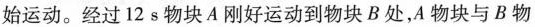
始运动。经过12s物块A刚好运动到物块B处，A物块与B物